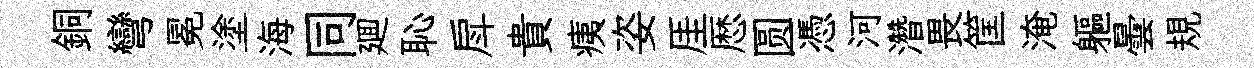
銅彎冕塗海同廽恥戽貴痍姿厓厯圆憑河濳畏筐淹軀曇規